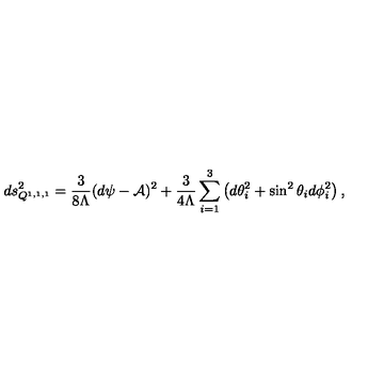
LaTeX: d s _ { Q ^ { 1 , 1 , 1 } } ^ { 2 } = \frac { 3 } { 8 \Lambda } ( d \psi - { \cal A } ) ^ { 2 } + \frac { 3 } { 4 \Lambda } \sum _ { i = 1 } ^ { 3 } \left( d \theta _ { i } ^ { 2 } + \sin ^ { 2 } \theta _ { i } d \phi _ { i } ^ { 2 } \right) ,